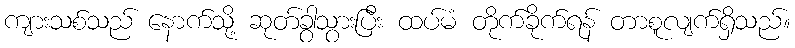
ကျားသစ်သည် နောက်သို့ ဆုတ်ခွာသွားပြီး ထပ်မံ တိုက်ခိုက်ရန် တာစူလျက်ရှိသည်။